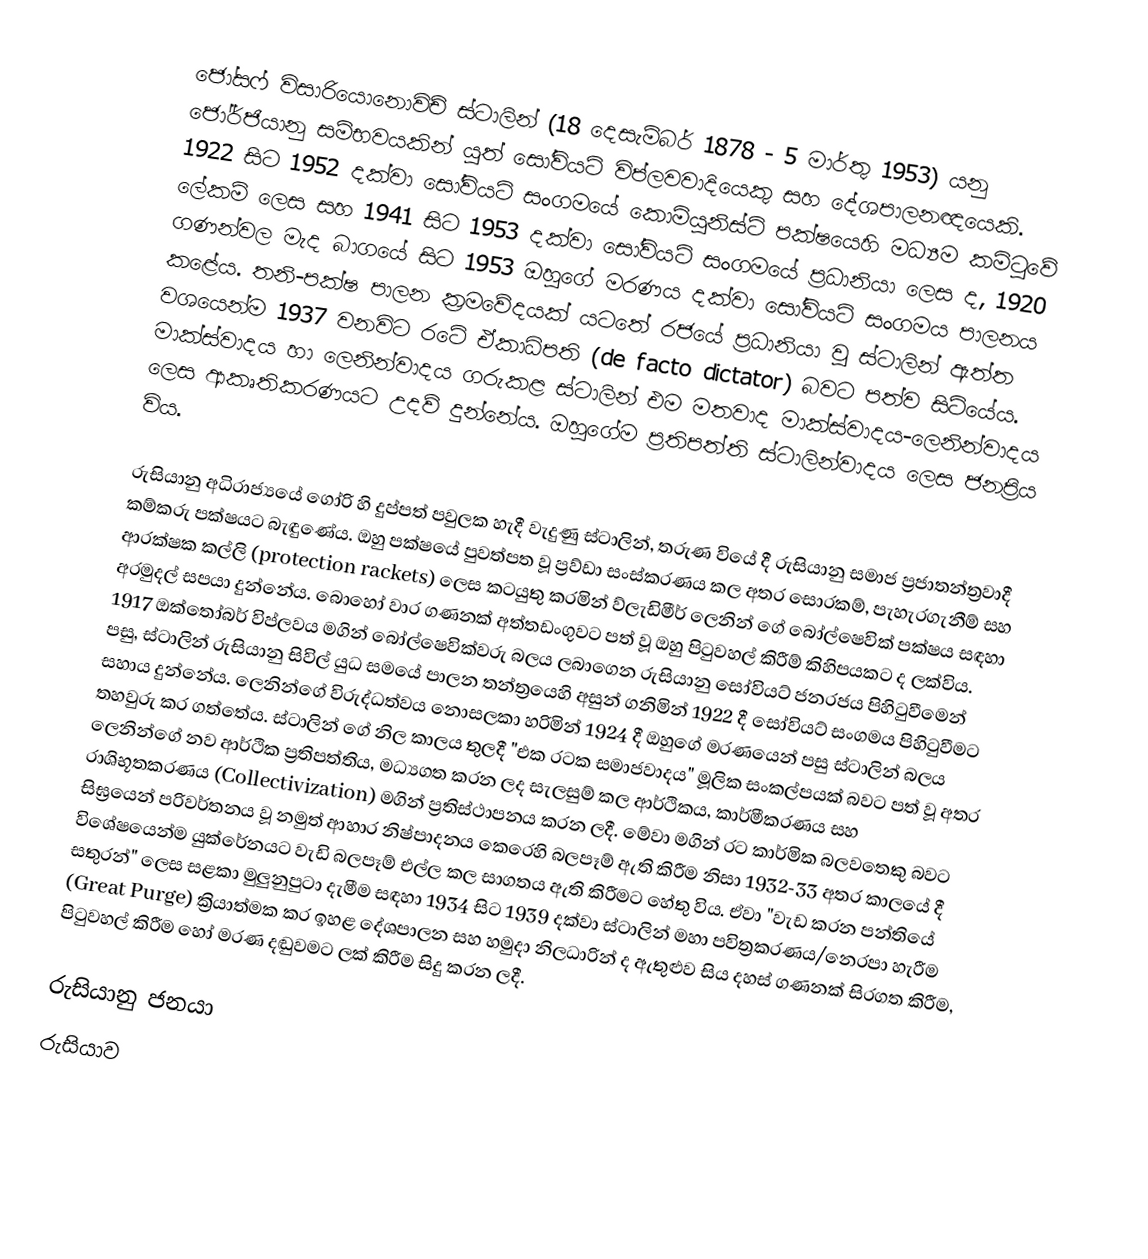
ජෝසෆ් විසාරියොනොවිච් ස්ටාලින්  (18 දෙසැම්බර් 1878 - 5 මාර්තු 1953) යනු ජෝර්ජියානු  සම්භවයකින් යුත් සෝවියට් විප්ලවවාදියෙකු සහ දේශපාලනඥයෙකි. 1922 සිට 1952 දක්වා සෝවියට් සංගමයේ කොමියුනිස්ට් පක්ෂයෙහි මධ්‍යම කමිටුවේ ලේකම් ලෙස සහ 1941 සිට 1953 දක්වා සෝවියට් සංගමයේ ප්‍රධානියා ලෙස ද, 1920 ගණන්වල මැද බාගයේ සිට 1953 ඔහුගේ මරණය දක්වා සෝවියට් සංගමය පාලනය කළේය. තනි-පක්ෂ පාලන ක්‍රමවේදයක් යටතේ රජයේ ප්‍රධානියා වූ ස්ටාලින් ඇත්ත වශයෙන්ම 1937 වනවිට රටේ ඒකාධිපති (de facto dictator) බවට පත්ව සිටියේය. මාක්ස්වාදය හා ලෙනින්වාදය ගරුකළ ස්ටාලින් එම මතවාද මාක්ස්වාදය-ලෙනින්වාදය ලෙස ආකෘතිකරණයට උදව් දුන්නේය. ඔහුගේම ප්‍රතිපත්ති ස්ටාලින්වාදය ලෙස ජනප්‍රිය විය.

රුසියානු අධිරාජ්‍යයේ ගෝරි හි දුප්පත් පවුලක හැදී වැදුණු ස්ටාලින්, තරුණ වියේ දී රුසියානු සමාජ ප්‍රජාතන්ත්‍රවාදී කම්කරු පක්ෂයට බැඳුණේය. ඔහු පක්ෂයේ පුවත්පත වූ ප්‍රව්ඩා සංස්කරණය කල අතර සොරකම්, පැහැරගැනීම් සහ ආරක්ෂක කල්ලි (protection rackets) ලෙස කටයුතු කරමින් ව්ලැඩිමීර් ලෙනින් ගේ බෝල්ෂෙවික් පක්ෂය සඳහා අරමුදල් සපයා දුන්නේය. බොහෝ වාර ගණනක් අත්තඩංගුවට පත් වූ ඔහු පිටුවහල් කිරීම් කිහිපයකට ද ලක්විය. 1917 ඔක්තෝබර් විප්ලවය මගින් බෝල්ෂෙවික්වරු බලය ලබාගෙන රුසියානු සෝවියට් ජනරජය පිහිටුවීමෙන් පසු, ස්ටාලින් රුසියානු සිවිල් යුධ සමයේ පාලන තන්ත්‍රයෙහි අසුන් ගනිමින් 1922 දී සෝවියට් සංගමය පිහිටුවීමට සහාය දුන්නේය. ලෙනින්ගේ විරුද්ධත්වය නොසලකා හරිමින් 1924 දී ඔහුගේ මරණයෙන් පසු ස්ටාලින් බලය තහවුරු කර ගත්තේය. ස්ටාලින් ගේ නිල කාලය තුලදී "එක රටක සමාජවාදය" මූලික සංකල්පයක් බවට පත් වූ අතර ලෙනින්ගේ නව ආර්ථික ප්‍රතිපත්තිය, මධ්‍යගත කරන ලද සැලසුම් කල ආර්ථිකය, කාර්මීකරණය සහ රාශිභූතකරණය (Collectivization) මගින් ප්‍රතිස්ථාපනය කරන ලදී. මේවා මගින් රට කාර්මික බලවතෙකු බවට සිඝ්‍රයෙන් පරිවර්තනය වූ නමුත් ආහාර නිෂ්පාදනය කෙරෙහි බලපෑම් ඇති කිරීම නිසා 1932-33 අතර කාලයේ දී විශේෂයෙන්ම යුක්රේනයට වැඩි බලපෑම් එල්ල කල සාගතය ඇති කිරීමට හේතු විය. ඒවා "වැඩ කරන පන්තියේ සතුරන්" ලෙස සළකා මුලුනුපුටා දැමීම සඳහා 1934 සිට 1939 දක්වා ස්ටාලින් මහා පවිත්‍රකරණය/නෙරපා හැරීම (Great Purge) ක්‍රියාත්මක කර ඉහළ දේශපාලන සහ හමුදා නිලධාරින් ද ඇතුළුව සිය දහස් ගණනක් සිරගත කිරීම, පිටුවහල් කිරීම හෝ මරණ දඬුවමට ලක් කිරීම සිදු කරන ලදී.

රුසියානු ජනයා
රුසියාව